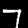
Label: 7